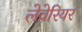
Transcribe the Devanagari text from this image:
लेवेरियर